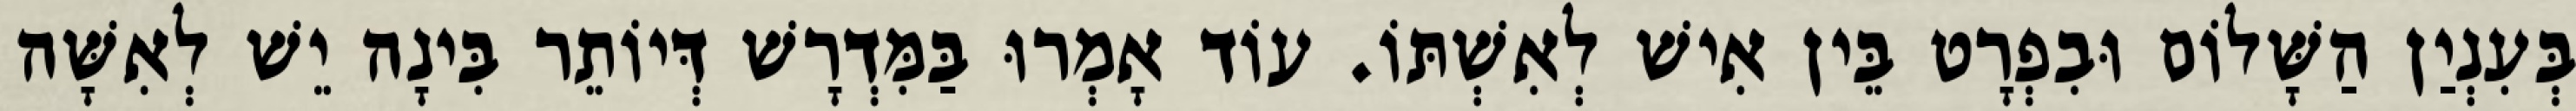
בְּעִנְיַן הַשָּׁלוֹם וּבִפְרָט בֵּין אִישׁ לְאִשְׁתּוֹ. עוֹד אָמְרוּ בַּמִּדְרָשׁ דְּיוֹתֵר בִּינָה יֵשׁ לְאִשָּׁה